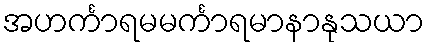
အဟင်္ကာရမမင်္ကာရမာနာနုသယာ